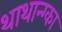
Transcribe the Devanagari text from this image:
थाथान्ग्का